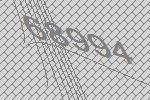
68994